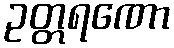
ဥတ္တရဏော